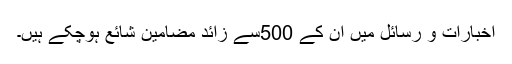
اخبارات و رسائل میں ان کے 500سے زائد مضامین شائع ہوچکے ہیں۔